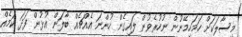
މިސާލަކަށް ހަމަހިމޭނުން ނުހުރެވުން ލައިގެން ހުންނަ އެއްޗެއް ބާލަން އުޅުން ފަދަ ކަމެއް